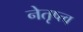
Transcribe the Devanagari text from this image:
नेतृष्त्व